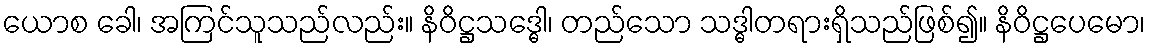
ယောစ ခေါ၊ အကြင်သူသည်လည်း။ နိဝိဋ္ဌသဒ္ဓေါ၊ တည်သော သဒ္ဓါတရားရှိသည်ဖြစ်၍။ နိဝိဋ္ဌပေမော၊